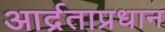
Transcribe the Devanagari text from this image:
आर्द्रताप्रधान